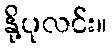
နို့ပုလင်း။